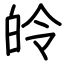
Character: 皊